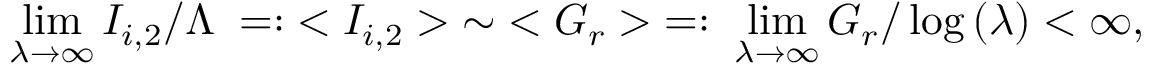
\operatorname * { l i m } _ { \lambda \to \infty } I _ { i , 2 } / \Lambda \; = : \; < I _ { i , 2 } > \; \sim \; < { \cal G } _ { r } > \; = : \; \operatorname * { l i m } _ { \lambda \to \infty } { \cal G } _ { r } / \log { ( \lambda ) } < \infty ,